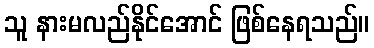
သူ နားမလည်နိုင်အောင် ဖြစ်နေရသည်။